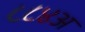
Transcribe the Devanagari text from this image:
८८४अ